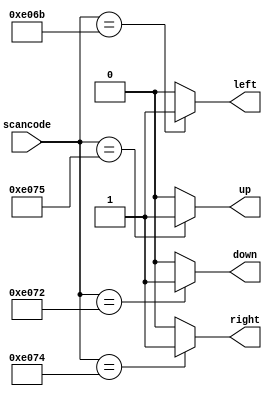
/**
 * Suppose you're building a circuit to process scancodes from a PS/2 keyboard for a game. Given the last two bytes of scancodes received, you need to indicate whether one of the arrow keys on the keyboard have been pressed. This involves a fairly simple mapping, which can be implemented as a case statement (or if-elseif) with four cases.
 * 
 * Your circuit has one 16-bit input, and four outputs. Build this circuit that recognizes these four scancodes and asserts the correct output.
 */

// synthesis verilog_input_version verilog_2001
module top_module (
    input [15:0] scancode,
    output reg left,
    output reg down,
    output reg right,
    output reg up  ); 
    
    always @(*) begin
        up = 1'b0;
        down = 1'b0;
        left = 1'b0;
        right = 1'b0;
        case (scancode)
            16'he06b: left = 1'b1;
            16'he072: down = 1'b1;
            16'he074: right = 1'b1;
            16'he075: up = 1'b1;
        endcase
    end

endmodule